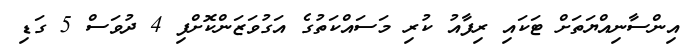
އިންސާނިއްޔަތަށް ޓަކައި ރިފާއު ކުރި މަސައްކަތުގެ އަގުވަޒަންކޮށްފި 4 ދުވަސް 5 ގަޑި